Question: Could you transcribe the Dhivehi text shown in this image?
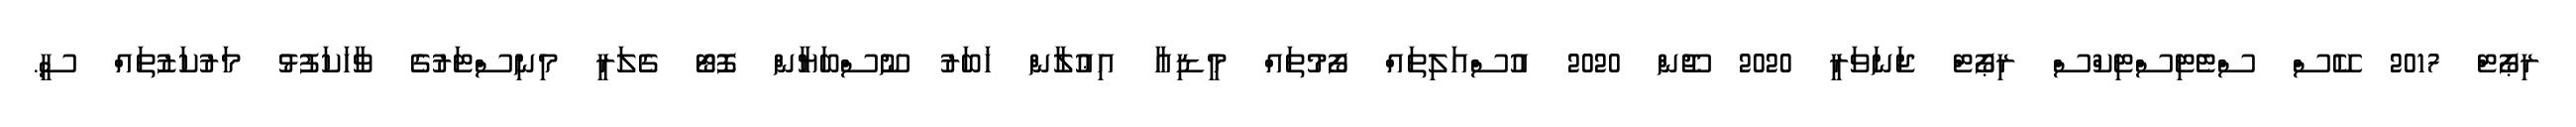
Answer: ރިޕޯޓް 2017 ކޭސް ސްޓެޓިސްޓިކްސް ރިޕޯޓް ޖަނަވަރީ 2020 ޖޫން 2020 އުސްއަލިތައް ފޯމުތައް މީޑިއާ އިޢުލާން ޚަބަރު ނޫސްބަޔާން ފޮޓޯ ގެލަރީ މިނިސްޓަރުގެ ވާހަކަފުޅު މަރުކަޒުތައް ސީ.